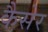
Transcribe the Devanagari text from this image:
कैसेर